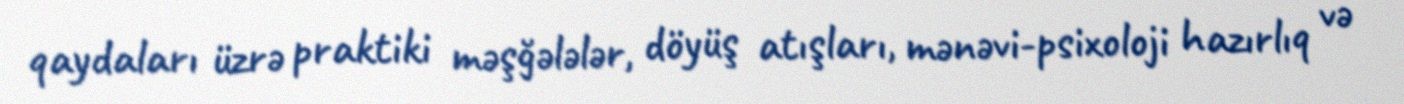
qaydaları üzrə praktiki məşğələlər, döyüş atışları, mənəvi-psixoloji hazırlıq və